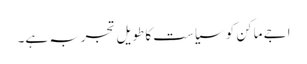
اجے ماکن کو سیاست کا طویل تجربہ ہے۔